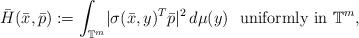
LaTeX: \begin{align*}\bar{H}(\bar{x},\bar{p}) := \int_{\mathbb{T}^m} \! |\sigma(\bar{x}, y) ^T \bar{p}|^2 \, d\mu(y) \, \, \mbox{ uniformly in} \, \, \mathbb{T}^m,\end{align*}